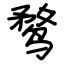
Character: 鹜